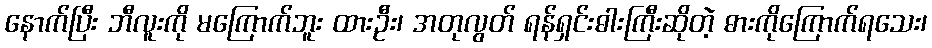
နောက်ပြီး ဘီလူးကို မကြောက်ဘူး ထားဦး၊ အတုလွတ် ရန်ရှင်းဓါးကြီးဆိုတဲ့ ဓားကိုကြောက်ရသေး၊